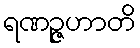
ရဏဉ္ဇဟာတိ